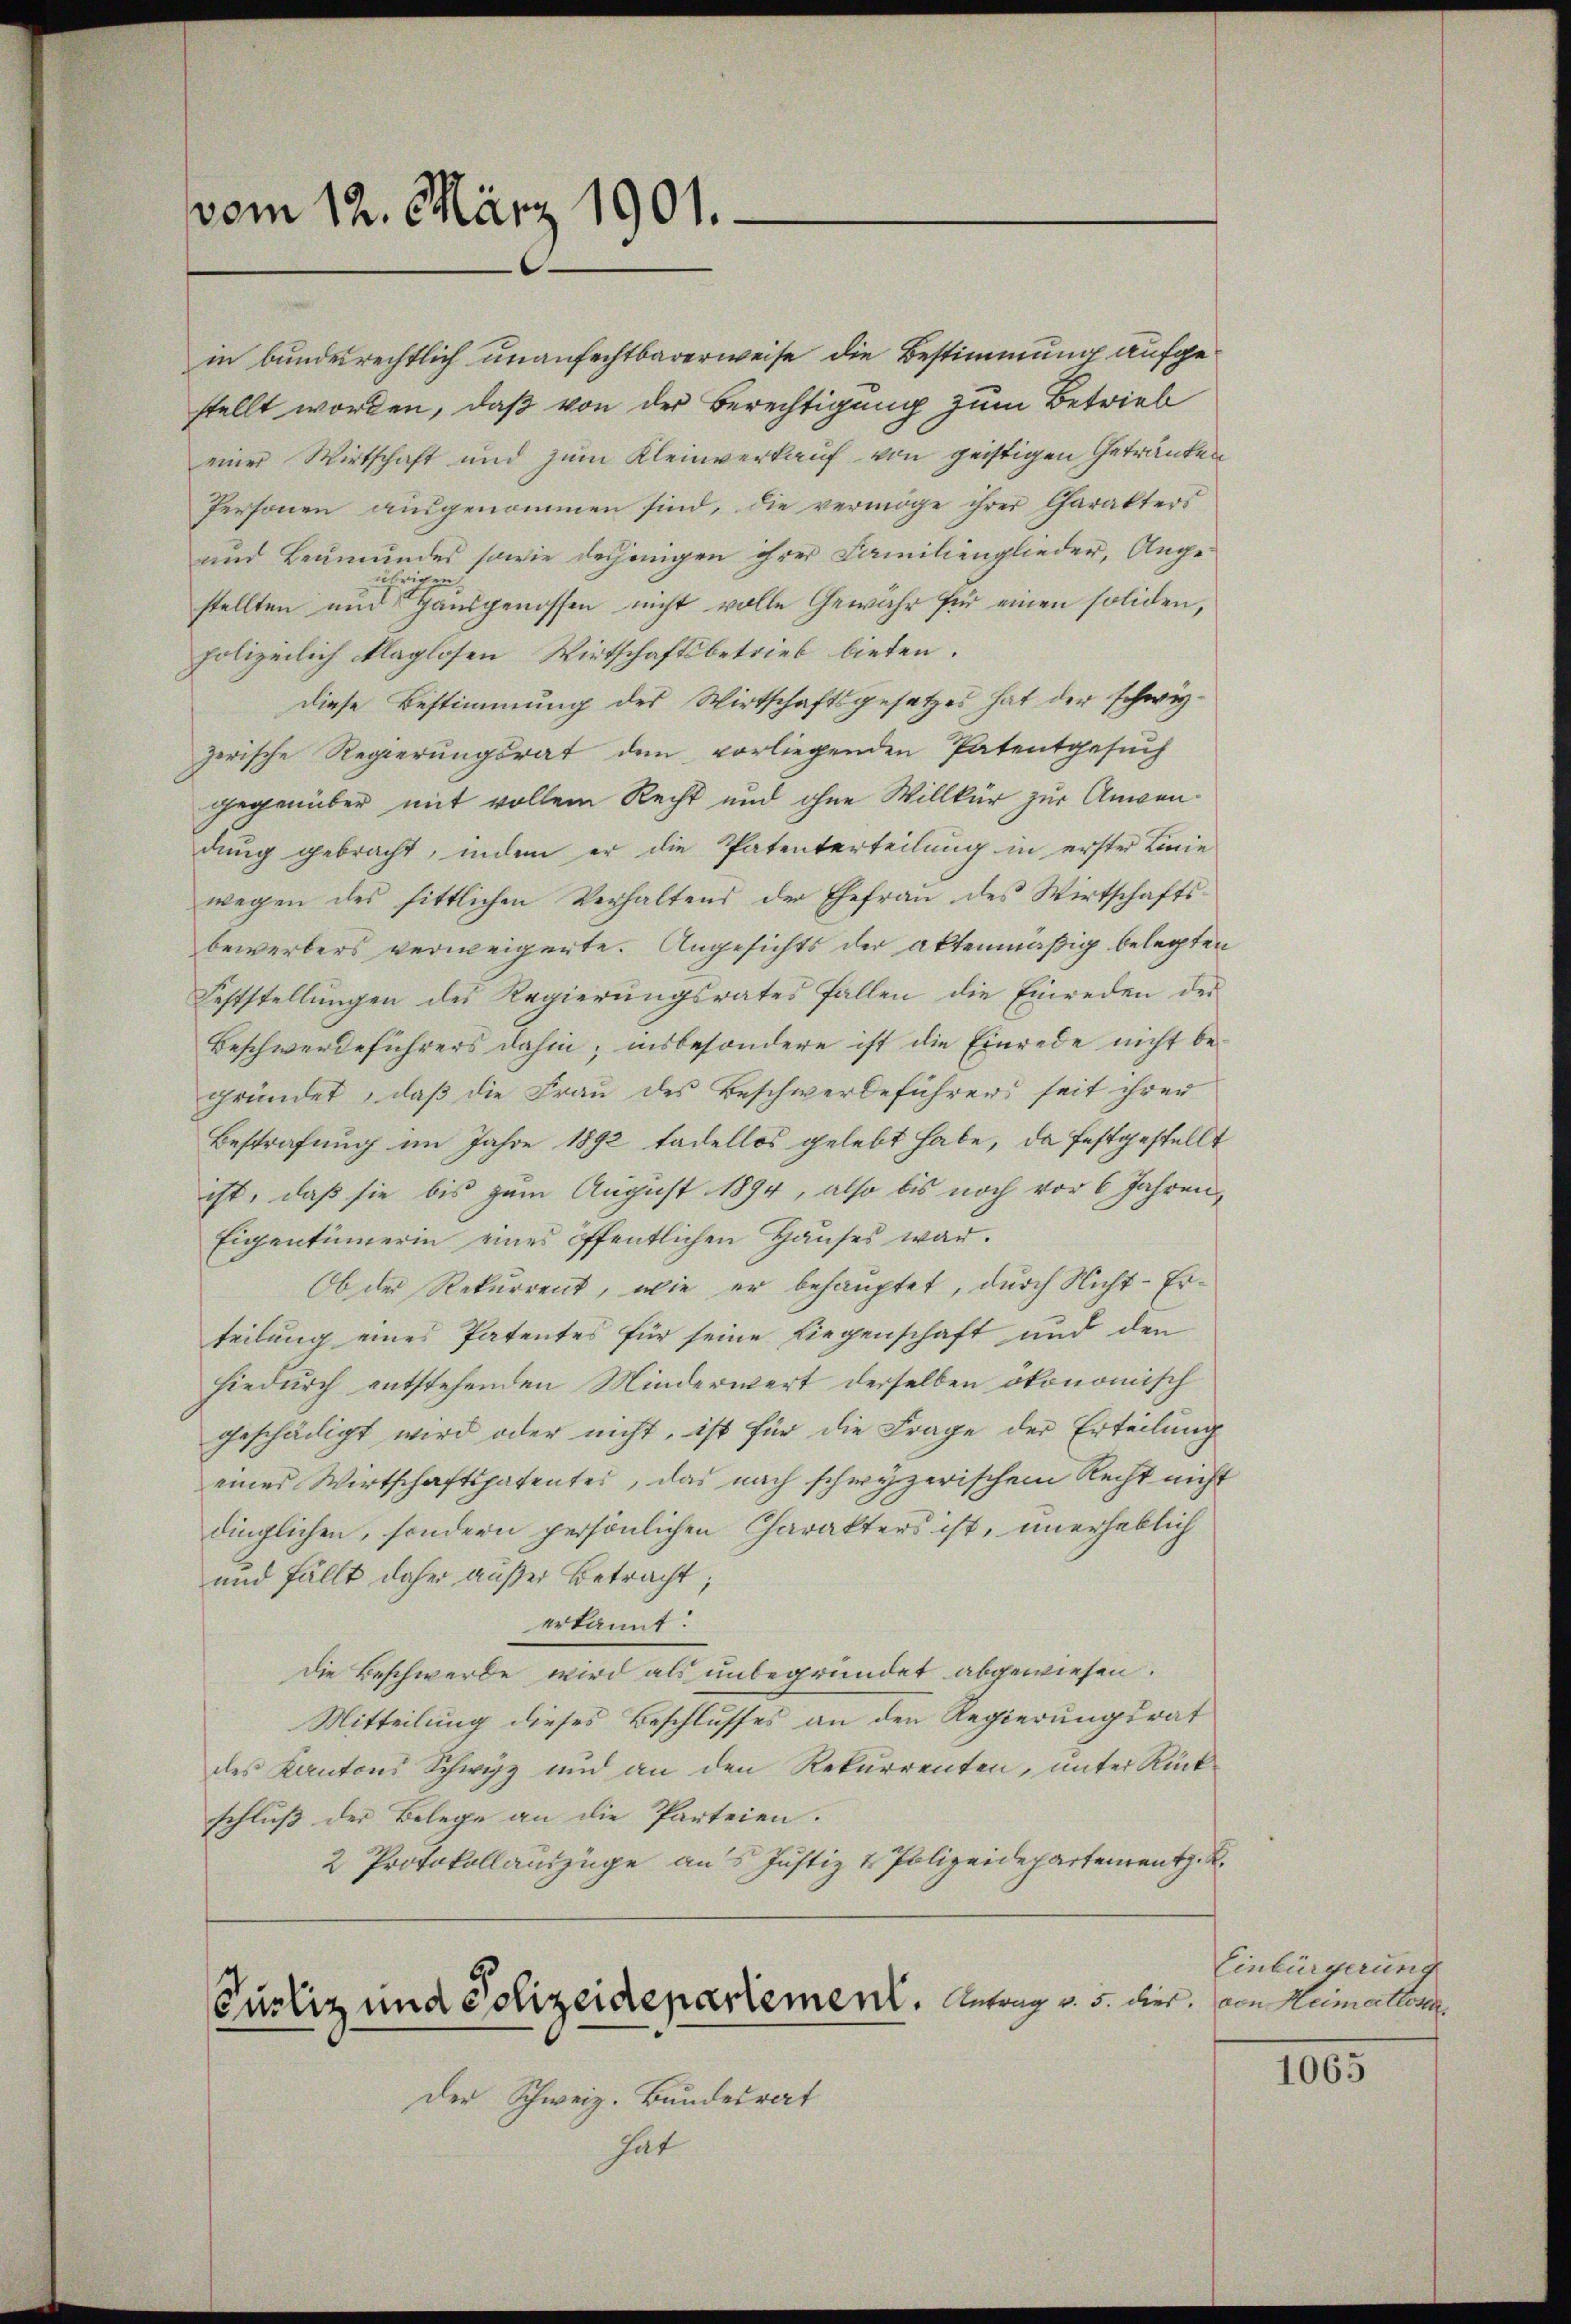
vom 12. März 1901.

zerische Regierungsrat dem vorliegenden Patentgesuch
gegenüber mit vollem Recht und ohne Willkür zur Anwendung gebracht, indem er die Patenterteilung in erster Linie
wegen des sittlichen Verhaltens der Ehefrau des Wirtschaftsbewerbers verweigerte. Angesichts der aktenmäßig belegten
Feststellungen des Regierungsrates fallen die Einreden der
Beschwerdeführers dahin, insbesondere ist die Einrede nicht begründet, daß die Frau des Beschwerdeführers seit ihrer
Bestrafung im Jahre 1892 tadellos gelebt habe, da festgestellt
ist, daß sie bis zum August 1894, also bis noch vor 6 Jahren,
Eigentümerin eines öffentlichen Hauses war.
Ob der Rekurrent, wie er behauptet, durch Nicht-Erteilung eines Patentes für seine Liegenschaft und den
hiedurch entstehenden Minderwert derselben ökonomisch
geschädigt wird oder nicht, ist für die Frage der Erteilung
eines Wirtschaftspatentes, das nach schwyzerischem Recht nicht
dinglichen, sondern persönlichen Charakters ist, unerheblich
und fällt daher außer Betracht;
erkannt:
die Beschwerde wird als unbegründet abgewiesen.
Mitteilung dieses Beschlusses an den Regierungsrat
des Kantons Schwyz und an den Rekurrenten, unter Rückschluß der Belege an die Parteien.
2 Protokollauszüge aus Justiz & Polizeidepartement. K
Curliz und Polizeidepartement. Antrag v. 5. dies. von Himellen
Der Schweiz. Bundesrat
hat

in bundesrechtlich unanfechtbarerweise die Bestimmung aufgestellt worden, daß von der Berechtigung zum Betrieb
einer Wirtschaft und zum Kleinverkauf von geistigen Getränken
Personen ausgenommen sind, die vermöge ihrer Charakters
und Leumundes sowie desjenigen ihrer Familienglieder, Angejährigen.
stellten und Hausgenossen nicht volle Gewähr für einen soliden,
polizeilich klaglosen Wirtschaftsbetrieb bieten.
diese Bestimmung des Wirtschaftsgesetzes hat der schwer¬

Einbürgerung

III5